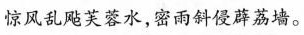
惊风乱飚芙蓉水，密雨斜侵薜荔墙。